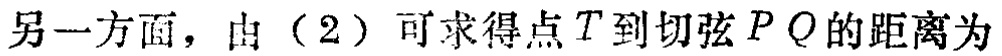
另一方面，由（2）可求得点\(T\)到切弦\(PQ\)的距离为